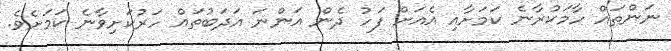
ނަންތައް ހާމަކުރާނެ ކަމަށާއި އެއަށް ފަހު ދެން އަންނަ އަދަބުތައް ހަރުކަށިވާނެ ކަމަށެވެ.